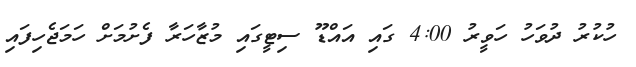
ހުކުރު ދުވަހު ހަވީރު 4:00 ގައި އައްޑޫ ސިޓީގައި މުޒާހަރާ ފެށުމަށް ހަމަޖެހިފައި